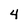
Character: 4